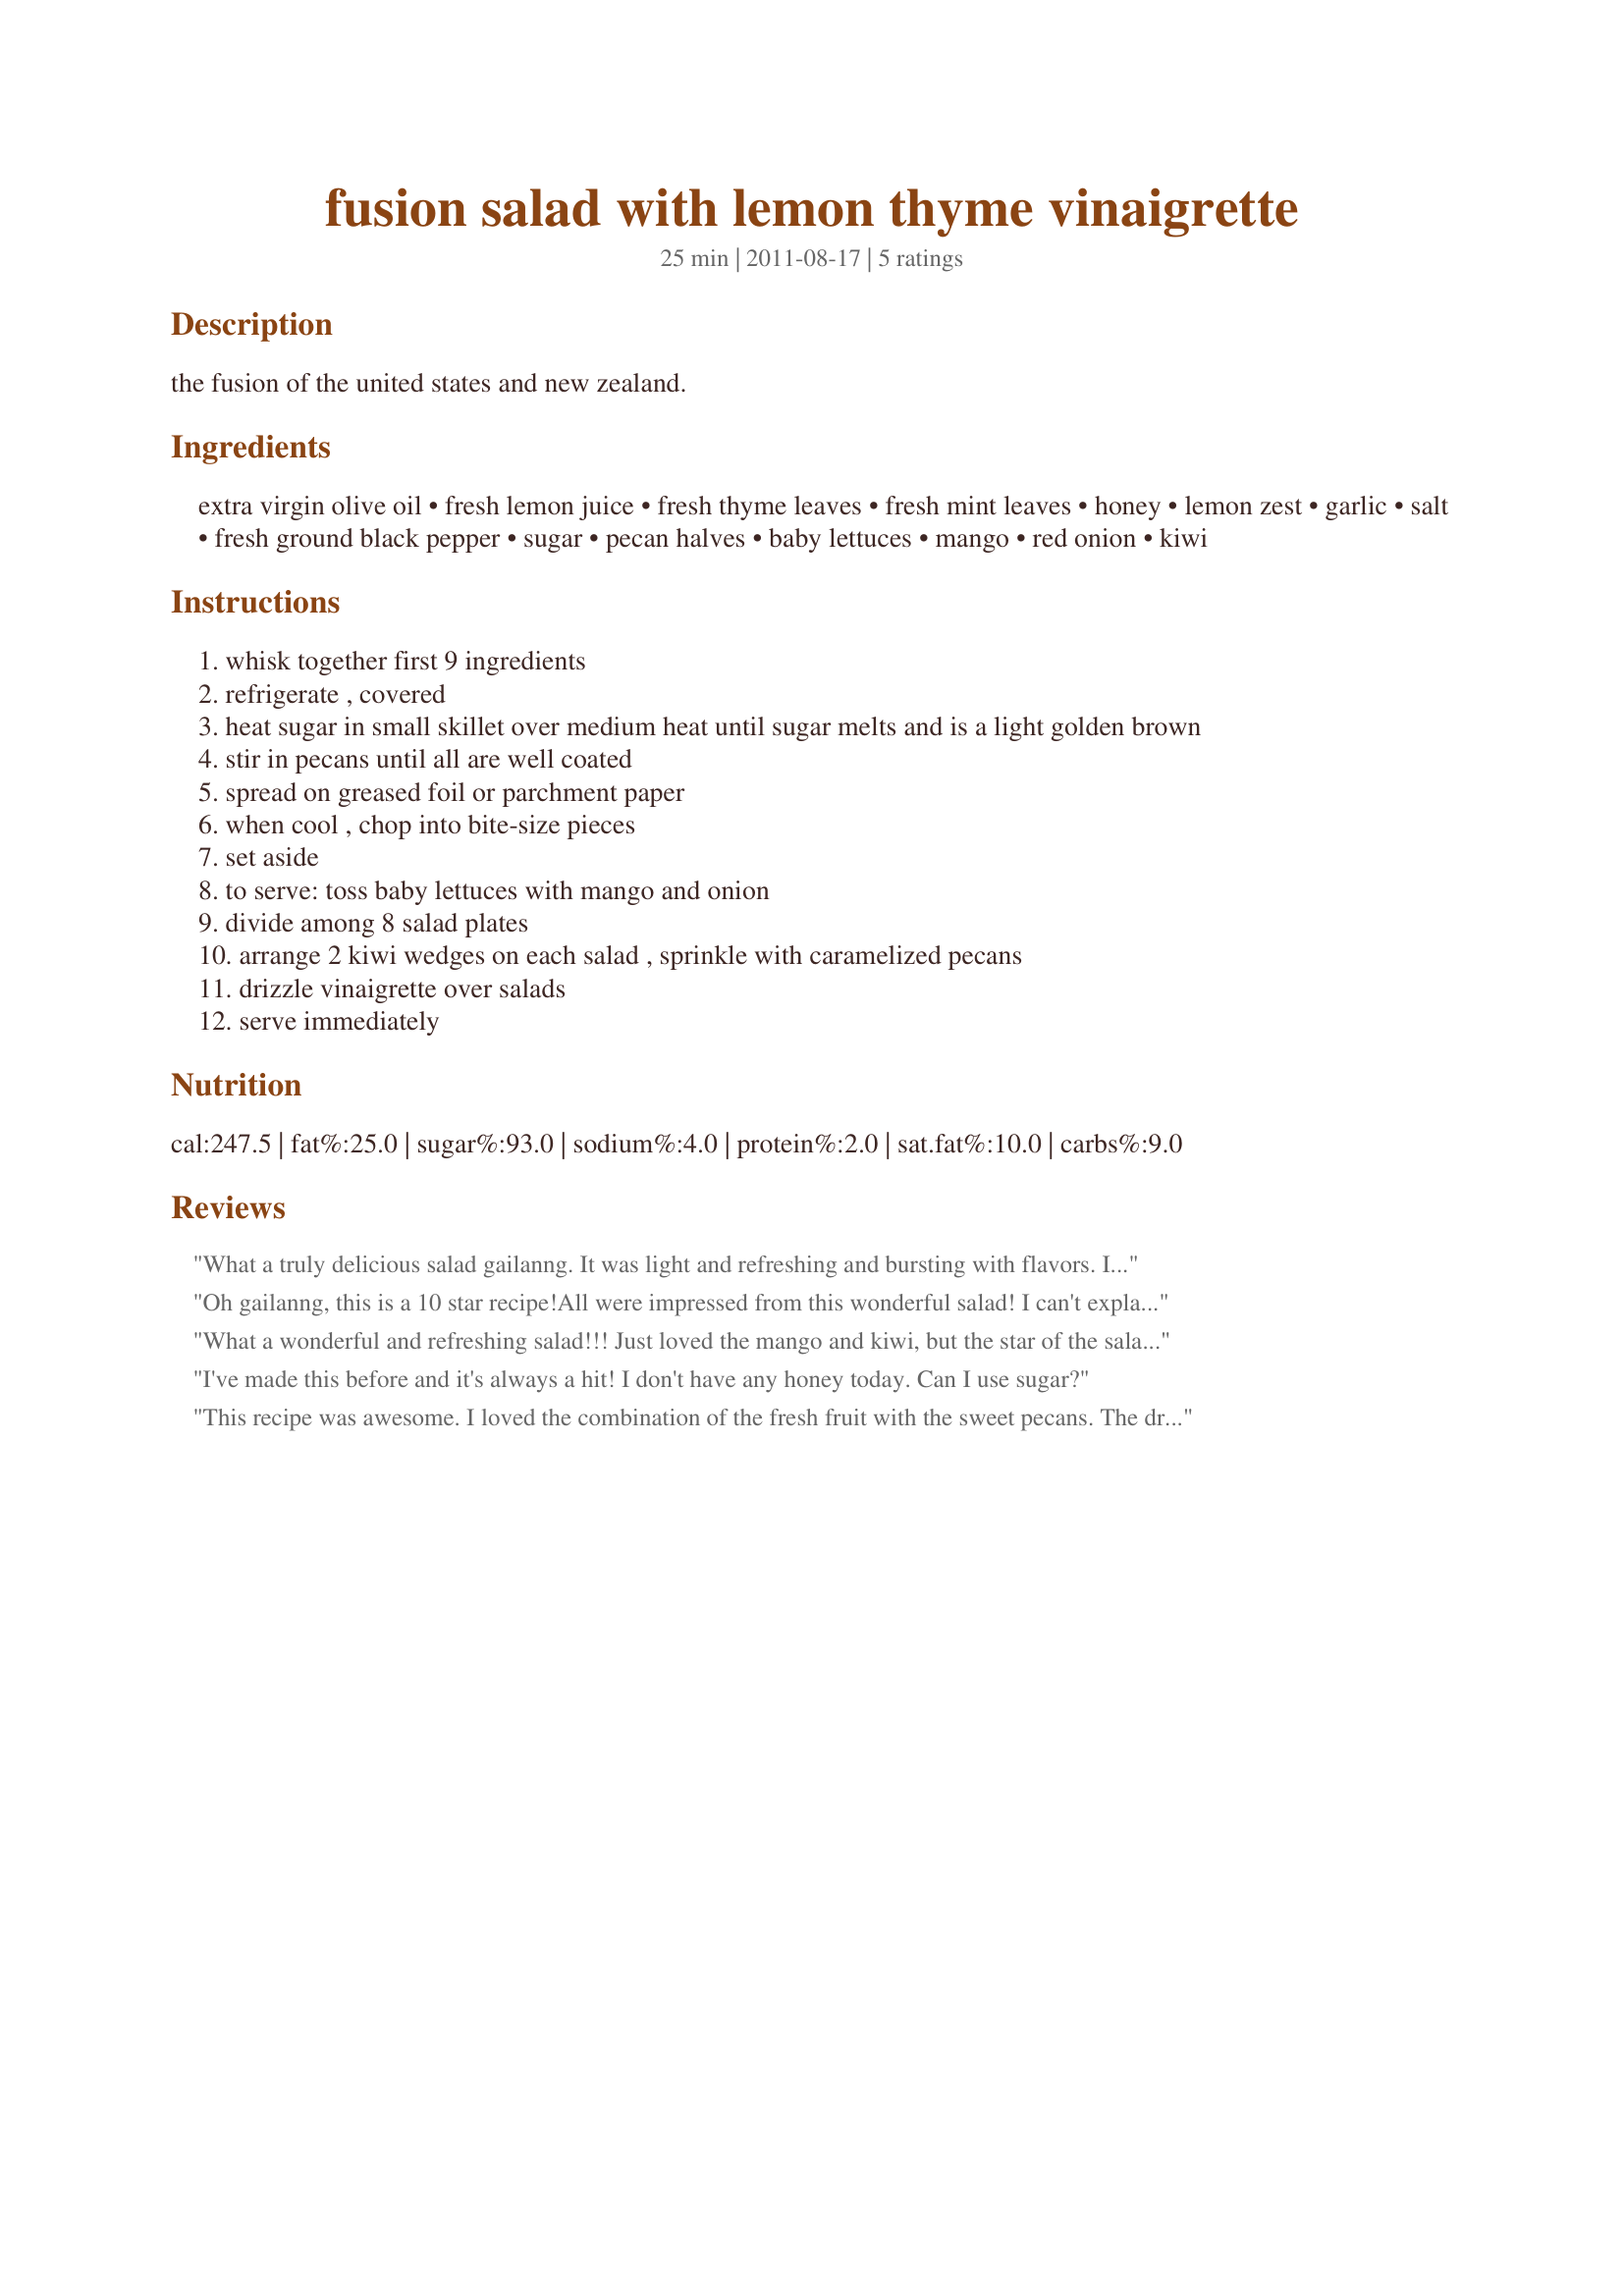
fusion salad with lemon thyme vinaigrette
Preparation time: 25 minutes

the fusion of the united states and new zealand.

Ingredients:
extra virgin olive oil, fresh lemon juice, fresh thyme leaves, fresh mint leaves, honey, lemon zest, garlic, salt, fresh ground black pepper, sugar, pecan halves, baby lettuces, mango, red onion, kiwi

Steps:
whisk together first 9 ingredients
refrigerate , covered
heat sugar in small skillet over medium heat until sugar melts and is a light golden brown
stir in pecans until all are well coated
spread on greased foil or parchment paper
when cool , chop into bite-size pieces
set aside
to serve: toss baby lettuces with mango and onion
divide among 8 salad plates
arrange 2 kiwi wedges on each salad , sprinkle with caramelized pecans
drizzle vinaigrette over salads
serve immediately

Reviews:
What a truly delicious salad gailanng. It was light and refreshing and bursting with flavors. I loved that you could taste all the individual flavors and that nothing was overpowering. The dressing was a delight all on its own, sweet, tart, spicy and savory. Mmmm. Thanks for sharing this lovely recipe which has gone into my Favorites Cookbook for 2012...Kudos. Made for the Fearless Red Dragons - ZWT8 - Australia.
Oh gailanng, this is a 10 star recipe!<br/><br/>All were impressed from this wonderful salad! I can't explain in words how good it was!<br/>A highly recommended recipe!<br/><br/>THANKS!
What a wonderful and refreshing salad!!! Just loved the mango and kiwi, but the star of the salad had to be those wonderful sweet pecans, yummy!!! The dressing is also very fresh and a little citrus flavor, which I also love!! Thanks so much for sharing a yummy salad for this part of ZWT8.
I've made this before and it's always a hit! I don't have any honey today. Can I use sugar?
This recipe was awesome. I loved the combination of the fresh fruit with the sweet pecans. The dressing was lively and I loved the flavor from the thyme. Instead of mint, I used basil. I will definitely make again. Made for ZWT 8.
